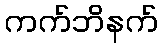
ကက်ဘိနက်